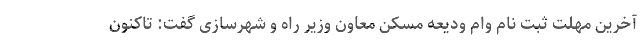
آخرین مهلت ثبت نام وام ودیعه مسکن معاون وزیر راه و شهرسازی گفت: تاکنون